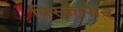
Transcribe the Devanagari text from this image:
विस्काफेन